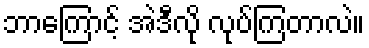
ဘာကြောင့် အဲဒီလို လုပ်ကြတာလဲ။